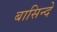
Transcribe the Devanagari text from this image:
बासिन्दे